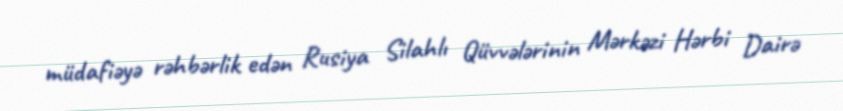
müdafiəyə rəhbərlik edən Rusiya Silahlı Qüvvələrinin Mərkəzi Hərbi Dairə